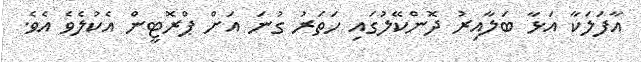
އާފަލަކާ އަޅާ ބަލާއިރު ދޮންކޭލުގައި ހަތަރު ގުނަ އަށް ޕްރޮޓީން އެކުލެވެ އެވެ.